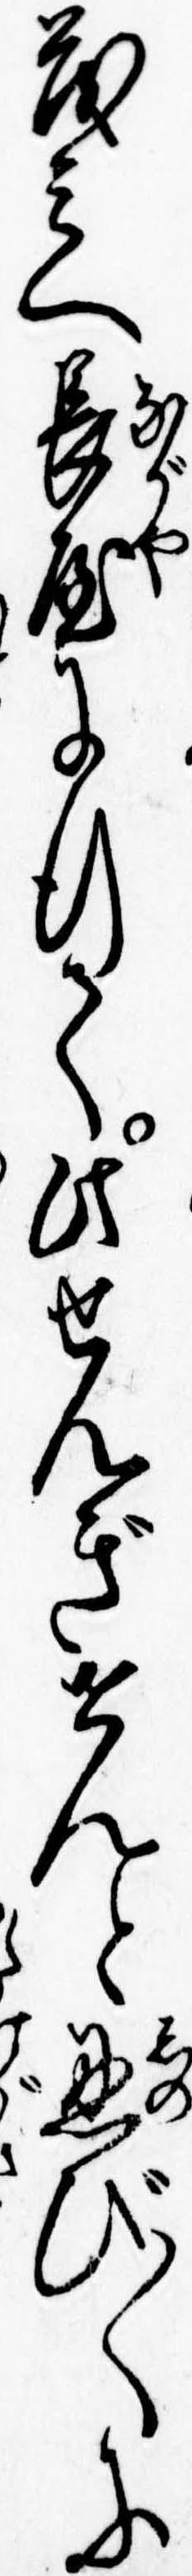
茂兵へ長屋に行て此せんぎせんと忍び〱に